Report on vaccination in the Province of Bengal - 1874-1889
Year: 1874
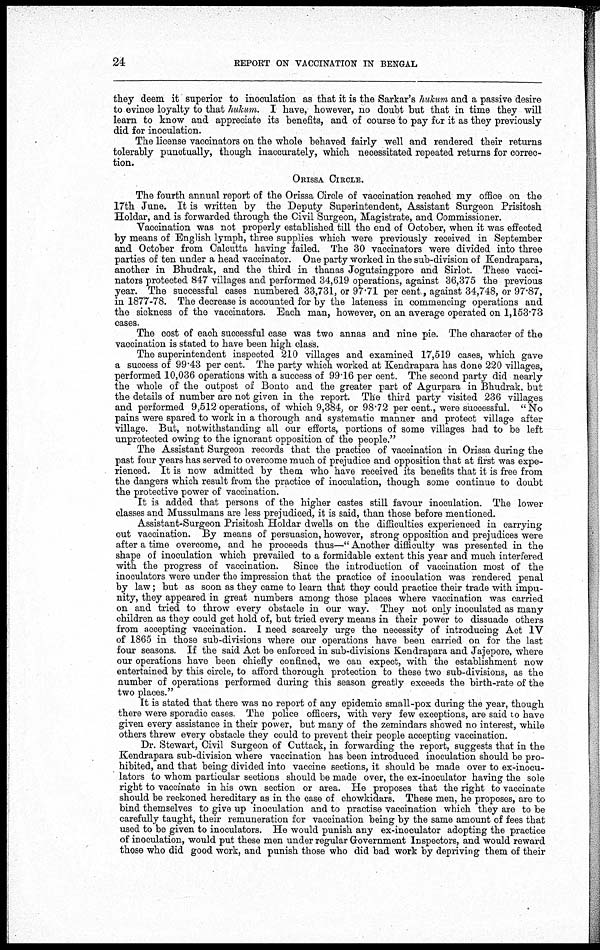
24
REPORT ON VACCINATION IN BENGAL
they deem it superior to inoculation as that it is the Sarkar's hukum and a passive desire
to evince loyalty to that hukum. I have, however, no doubt but that in time they will
learn to know and appreciate its benefits, and of course to pay for it as they previously
did for inoculation.
The license vaccinators on the whole behaved fairly well and rendered their returns
tolerably punctually, though inaccurately, which necessitated repeated returns for correc-
tion.
ORISSA CIRCLE.
The fourth annual report of the Orissa Circle of vaccination reached my office on the
17th June. It is written by the Deputy Superintendent, Assistant Surgeon Prisitosh
Holdar, and is forwarded through the Civil Surgeon, Magistrate, and Commissioner.
Vaccination was not properly established till the end of October, when it was effected
by means of English lymph, three supplies which were previously received in September
and October from Calcutta having failed. The 30 vaccinators were divided into three
parties of ten under a head vaccinator. One party worked in the sub-division of Kendrapara,
another in Bhudrak, and the third in thanas Jogutsingpore and Sirlot. These vacci-
nators protected 847 villages and performed 34,619 operations, against 36,375 the previous
year. The successful cases numbered 33,731, or 97.71 per cent. against 34,748, or 97.87,
in 1877-78. The decrease is accounted for by the lateness in commencing operations and
the sickness of the vaccinators. Each man, however, on an average operated on 1,153.73
cases.
The cost of each successful case was two annas and nine pie. The character of the
vaccination is stated to have been high class.
The superintendent inspected 210 villages and examined 17,519 cases, which gave
a success of 99.43 per cent. The party which worked at Kendrapara has done 220 villages,
performed 10,036 operations with a success of 99.16 per cent. The second party did nearly
the whole of the outpost of Bonto and the greater part of Agurpara in Bhudrak, but
the details of number are not given in the report. The third party visited 236 villages
and performed 9,512 operations, of which 9,384, or 98.72 per cent., were successful. " No
pains were spared to work in a thorough and systematic manner and protect village after
village. But, notwithstanding all our efforts, portions of some villages had to be left
unprotected owing to the ignorant opposition of the people."
The Assistant Surgeon records that the practice of vaccination in Orissa during the
past four years has served to overcome much of prejudice and opposition that at first was expe-
rienced. It is now admitted by them who have received its benefits that it is free from
the dangers which result from the practice of inoculation, though some continue to doubt
the protective power of vaccination.
It is added that persons of the higher castes still favour inoculation. The lower
classes and Mussulmans are less prejudiced, it is said, than those before mentioned.
Assistant-Surgeon Prisitosh Holdar dwells on the difficulties experienced in carrying
out vaccination. By means of persuasion, however, strong opposition and prejudices were
after a time overcome, and he proceeds thus—" Another difficulty was presented in the
shape of inoculation which prevailed to a formidable extent this year and much interfered
with the progress of vaccination. Since the introduction of vaccination most of the
inoculators were under the impression that the practice of inoculation was rendered penal
by law; but as soon as they came to learn that they could practice their trade with impu-
nity, they appeared in great numbers among those places where vaccination was carried
on and tried to throw every obstacle in our way. They not only inoculated as many
children as they could get hold of, but tried every means in their power to dissuade others
from accepting vaccination. I need scarcely urge the necessity of introducing Act IV
of 1865 in those sub-divisions where our operations have been carried on for the last
four seasons. If the said Act be enforced in sub-divisions Kendrapara and Jajepore, where
our operations have been chiefly confined, we can expect, with the establishment now
entertained by this circle, to afford thorough protection to these two sub-divisions, as the
number of operations performed during this season greatly exceeds the birth-rate of the
two places."
It is stated that there was no report of any epidemic small-pox during the year, though
there were sporadic cases. The police officers, with very few exceptions, are said to have
given every assistance in their power, but many of the zemindars showed no interest, while
others threw every obstacle they could to prevent their people accepting vaccination.
Dr. Stewart, Civil Surgeon of Cuttack, in forwarding the report, suggests that in the
Kendrapara sub-division where vaccination has been introduced inoculation should be pro-
hibited, and that being divided into vaccine sections, it should be made over to ex-inocu-
lators to whom particular sections should be made over, the ex-inoculator having the sole
right to vaccinate in his own section or area. He proposes that the right to vaccinate
should be reckoned hereditary as in the case of chowkidars. These men, he proposes, are to
bind themselves to give up inoculation and to practise vaccination which they are to be
carefully taught, their remuneration for vaccination being by the same amount of fees that
used to be given to inoculators. He would punish any ex-inoculator adopting the practice
of inoculation, would put these men under regular Government Inspectors, and would reward
those who did good work, and punish those who did bad work by depriving them of their